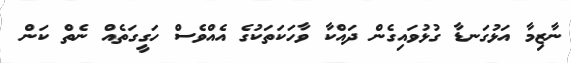
ނާޒިމާ އަޅުގަނޑާ ގުޅުވައިގެން ދައްކާ ވާހަކަތަކުގެ އެއްވެސް ހަގީގަތެއް ނެތް ކަން